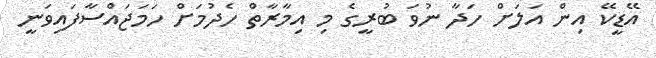
އޭޑީކޭ އިން އަލަށް ހަދާ ނުވަ ބުރީގެ މި އިމާރާތް ހެދުމަށް ހަމަޖައްސާފައިވަނީ